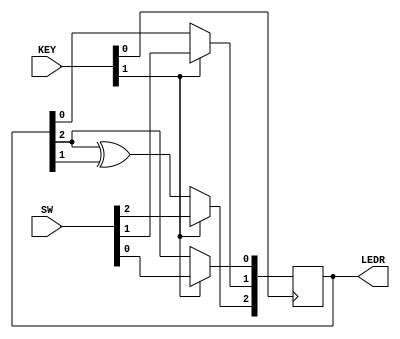
module top_module (
	input [2:0] SW,      // R
	input [1:0] KEY,     // L and clk
	output [2:0] LEDR);  // Q

	always@(posedge KEY[0])begin
		LEDR[2] <= KEY[1] ? SW[2]: LEDR[2] ^ LEDR[1];
		LEDR[1] <= KEY[1] ? SW[1]: LEDR[0];
		LEDR[0] <= KEY[1] ? SW[0]: LEDR[2];
	end
endmodule